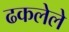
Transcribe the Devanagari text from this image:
ढकलेले